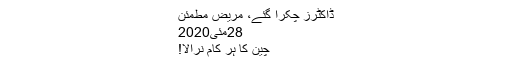
ڈاکٹرز چکرا گئے، مریض مطمئن
28مئی2020
چین کا ہر کام نرالا!